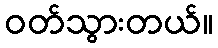
ဝတ်သွားတယ်။